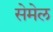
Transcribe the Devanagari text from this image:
सेमेल